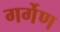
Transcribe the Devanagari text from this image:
गर्गेण